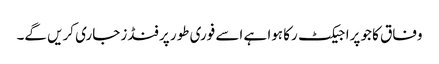
وفاق کا جو پراجیکٹ رکا ہوا ہے اسے فوری طور پر فنڈز جاری کریں گے۔